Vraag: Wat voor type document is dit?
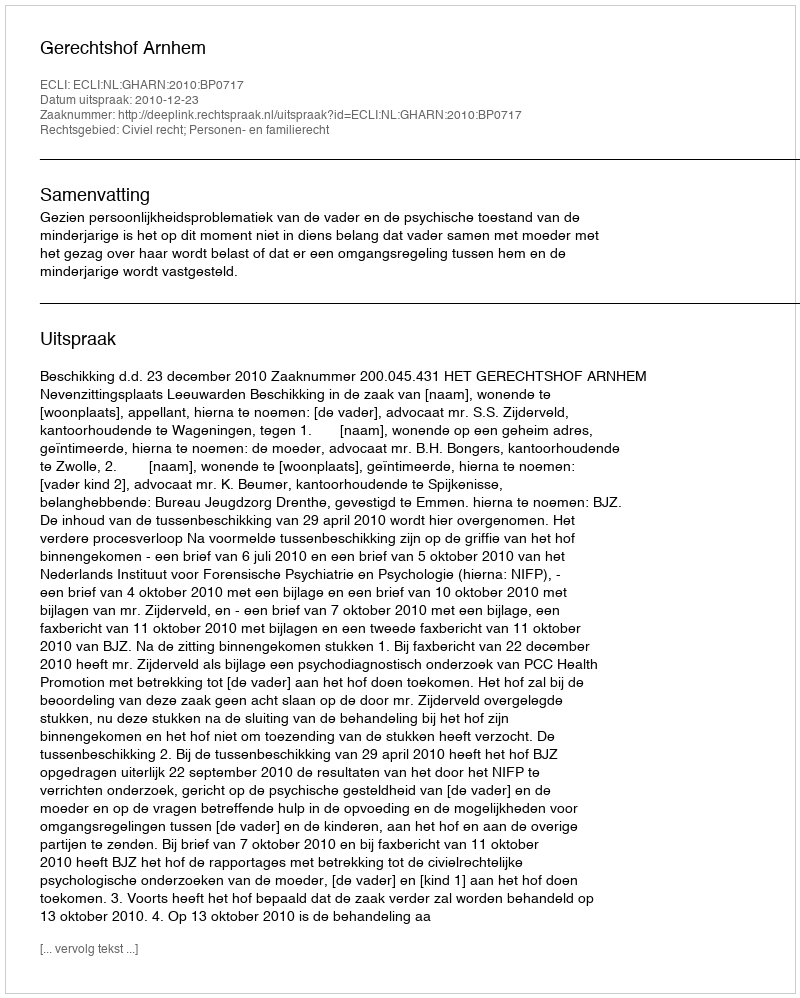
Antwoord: Uitspraak